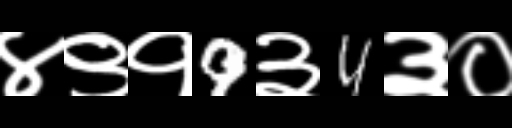
Text: ४९१9३4३०